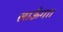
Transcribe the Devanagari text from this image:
लाऊँगा।